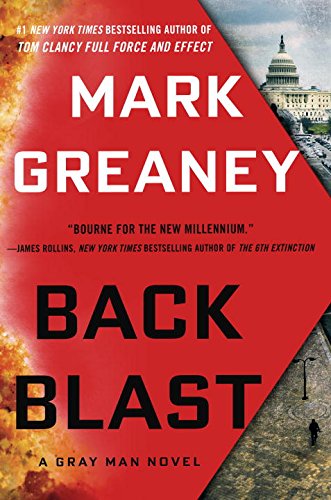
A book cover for Back Blast: A Gray Man Novel; Mark Greaney; Mystery, Thriller & Suspense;